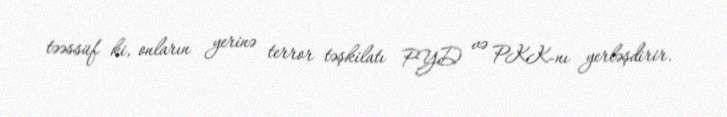
təəssüf ki, onların yerinə terror təşkilatı PYD və PKK-nı yerləşdirir.